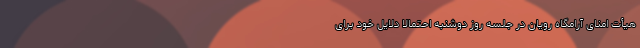
هیأت امنای آرامگاه رویان در جلسه روز دوشنبه احتمالا دلایل خود برای